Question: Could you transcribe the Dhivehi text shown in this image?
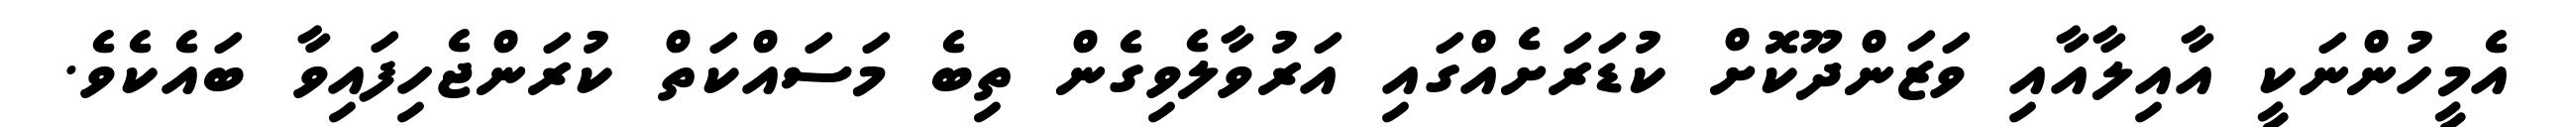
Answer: އެމީހުންނަކީ އާއިލާއާއި ވަޒަންދޫކޮށް ކުޑަރަށެއްގައި އަރުވާލެވިގެން ތިބެ މަސައްކަތް ކުރަންޖެހިފައިވާ ބައެކެވެ.